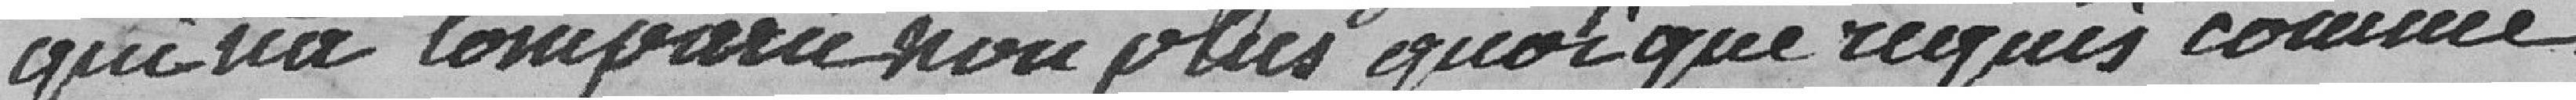
qui n'a comparu non plus quoique requis comme,